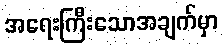
အရေးကြီးသောအချက်မှာ